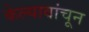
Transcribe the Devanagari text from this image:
केल्यावांचून